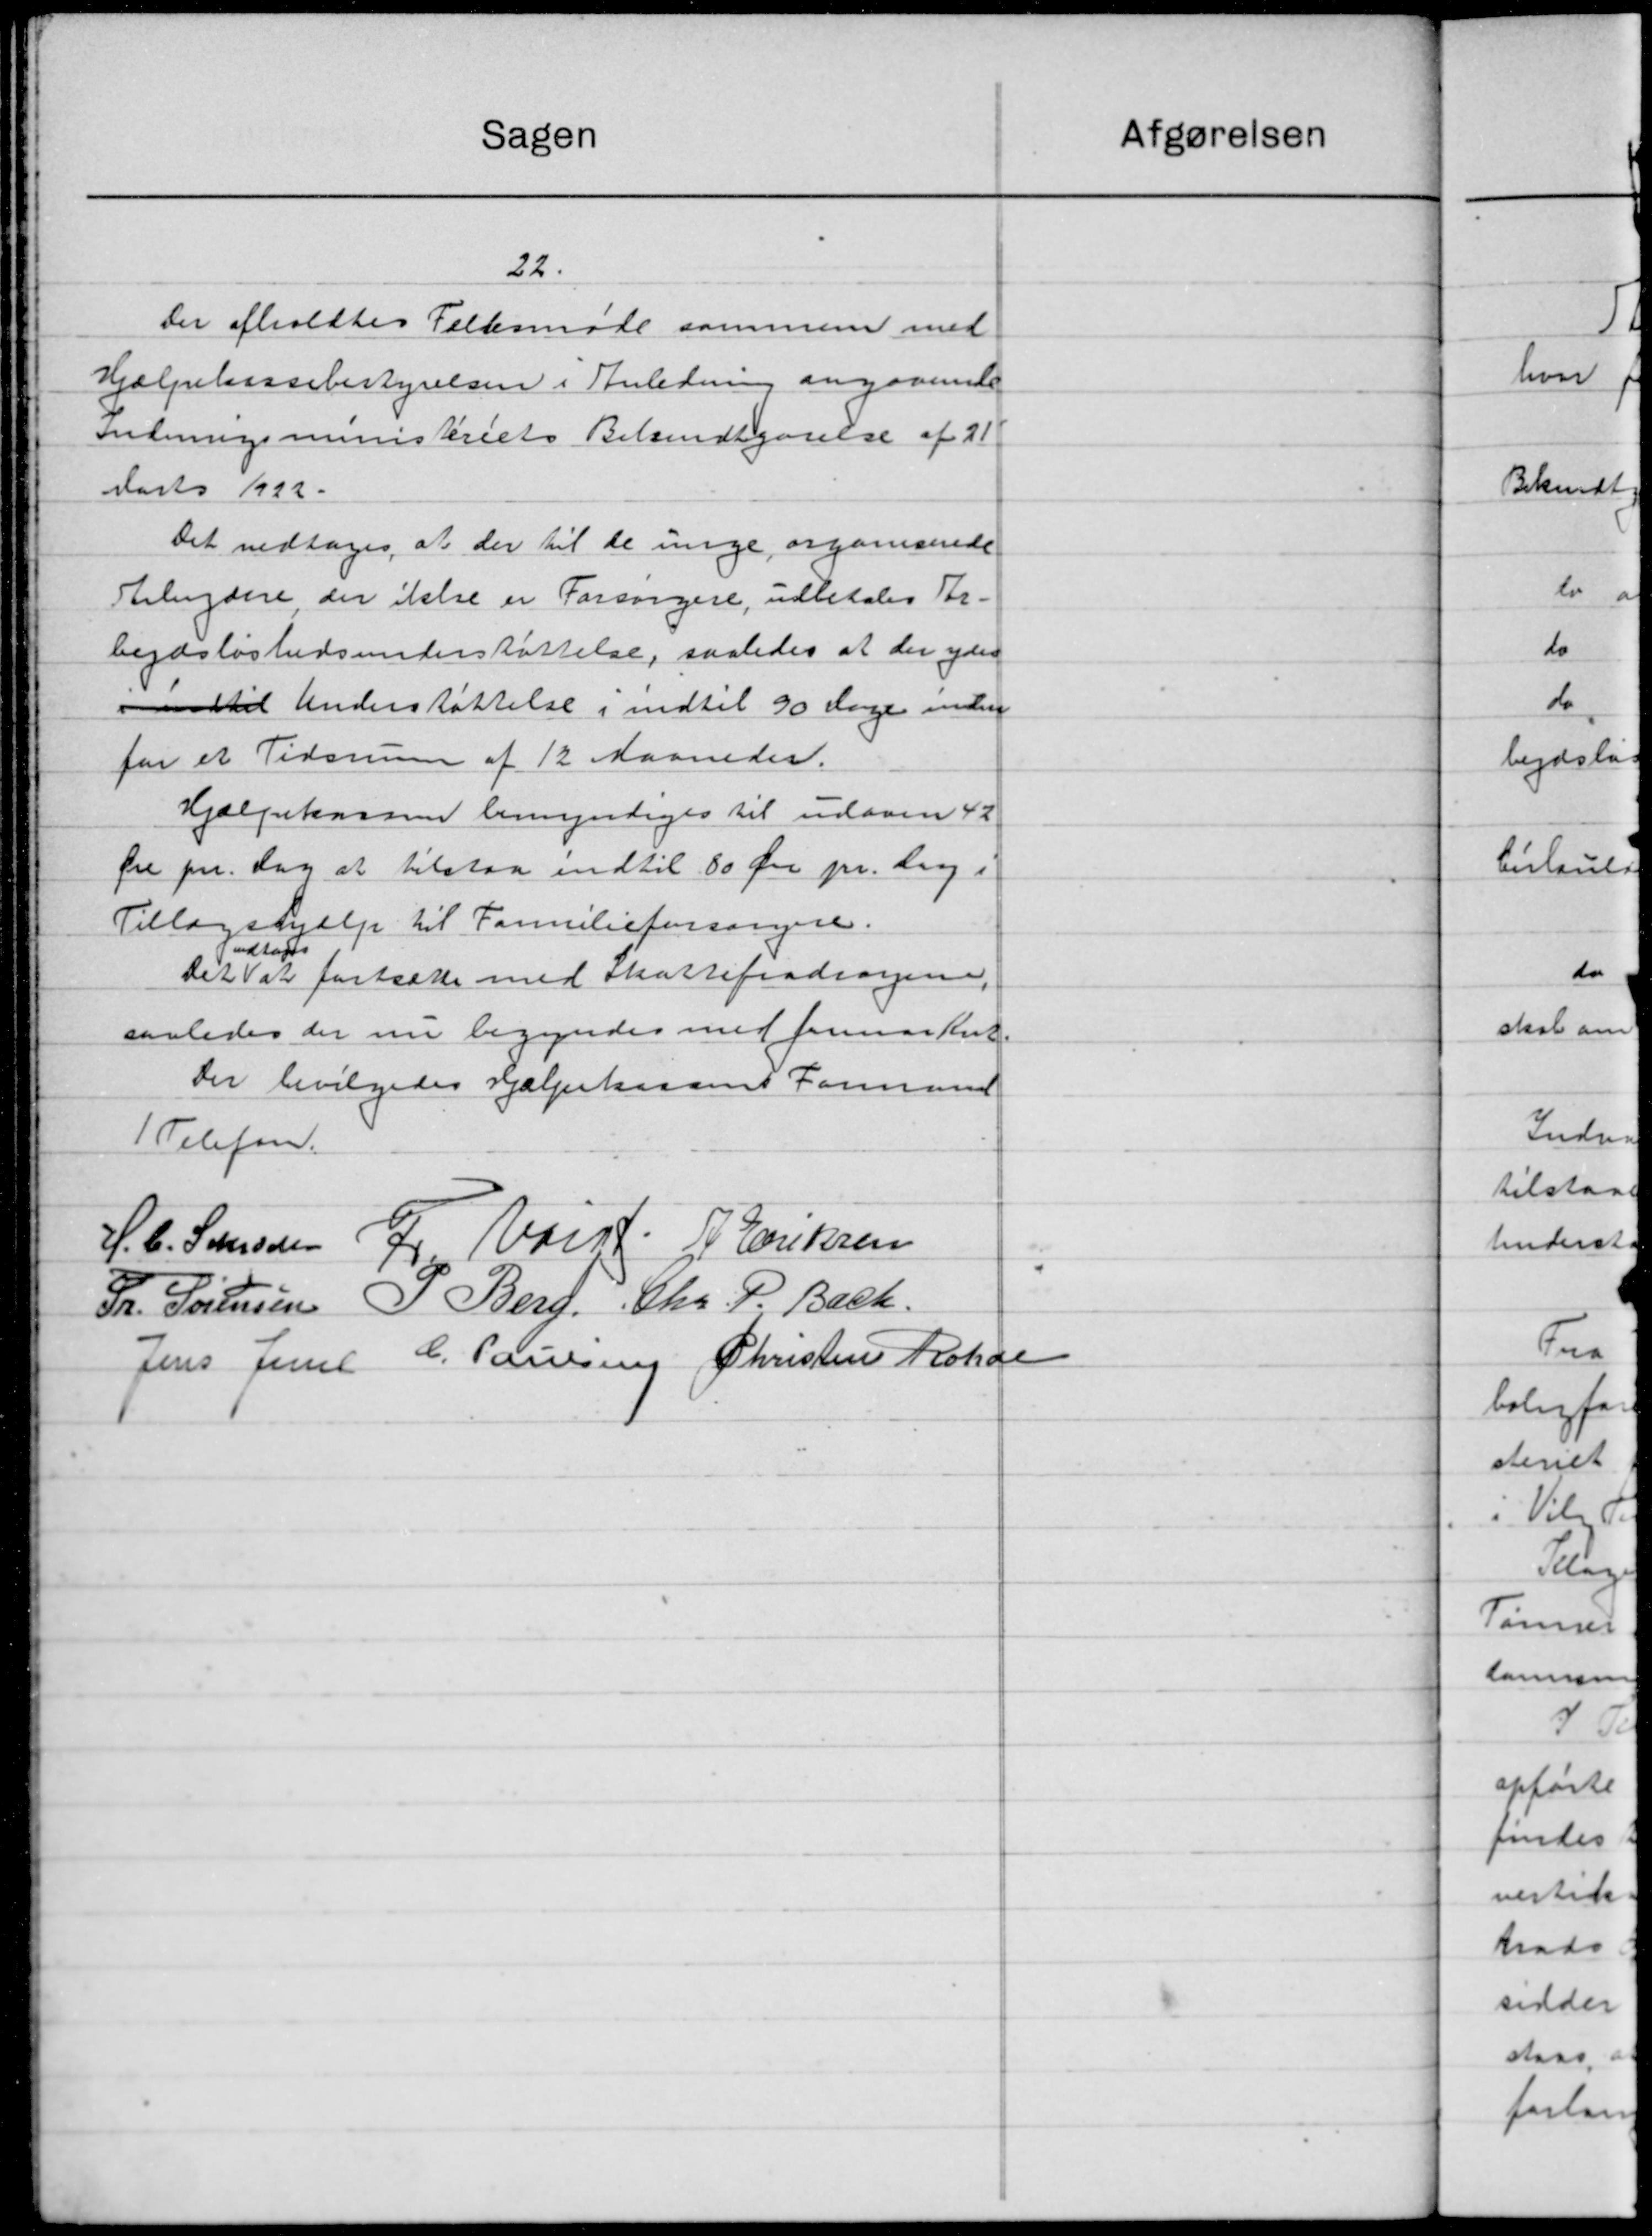
Transskription:
Sagen
22.
Der afholdtes Folksmøde sammen med
Hjælpekassebestyrelsen i Anledning angaaende
Indningsministeriets Bekendtgørelse af 21
Aarts 1922.
Det vedtoges, at der til de unge organiserede
Arbejdere der ikke er Forsørgere, udbetales For-
bejdsløshedsunderstøttelse, saaledes at der yder
idtil Understøttelse i indtil 90 dage inden
for et Tidsrum af 12 Maaneder.
Hjælpekassen bemyndiges til undovm 42
fre pr. Dag at tilstaa indtil 80 Øre pr. dag i
Tillægshjælp til Familieforsørgere.
2
vedtog
det at fastsætte med Skattefradragene,
saaledes der nu begyndes med formarket.
Der bevilgedes Hjælpekassens Formand
1 Telefon.
H. C. Stensen  Valgt P Eriksen
Fr. Sørensen P. Berg, Chr. P. Bach
Jens Jensen C. Paulsen Christen Rohde